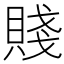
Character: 賤